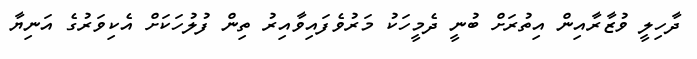
ދާހިލީ ވުޒާރާއިން އިތުރަށް ބުނީ ދެމީހަކު މަރުވެފައިވާއިރު ތިން ފުލުހަކަށް އެކިވަރުގެ އަނިޔާ